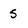
Character: 5